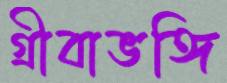
গ্রীবাভঙ্গি